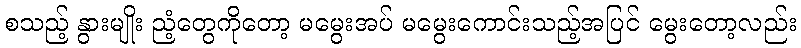
စသည့် နွားမျိုး ညံ့တွေကိုတော့ မမွေးအပ် မမွေးကောင်းသည့်အပြင် မွေးတော့လည်း